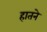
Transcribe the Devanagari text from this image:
हातने